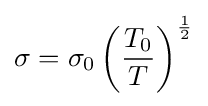
\sigma =\sigma _{0}\left({\frac {T_{0}}{T}}\right)^{\frac {1}{2}}